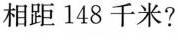
相距148千米?